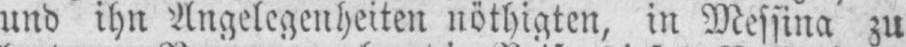
und ihn Angelegenheiten nöthigten, in Messina zu